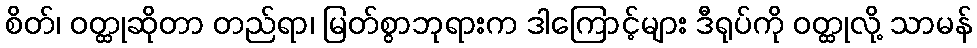
စိတ်၊ ဝတ္ထုဆိုတာ တည်ရာ၊ မြတ်စွာဘုရားက ဒါကြောင့်များ ဒီရုပ်ကို ဝတ္ထုလို့ သာမန်